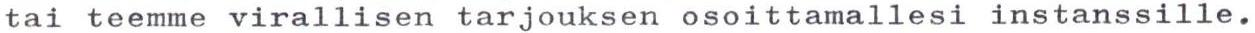
tai teemme virallisen tarjouksen osoittamallesi instanssille.